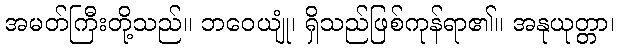
အမတ်ကြီးတို့သည်။ ဘဝေယျုံ၊ ရှိသည်ဖြစ်ကုန်ရာ၏။ အနုယုတ္တာ၊